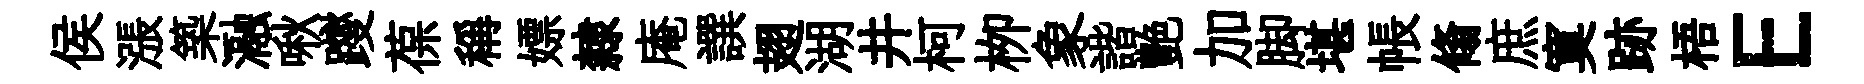
侯漲築瀜啾躞葆稱嫖隸庵譔翅湖井柯栁象諧艶加脚堪帳翛庶寞跡梧E